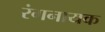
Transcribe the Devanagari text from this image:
रंगनायक